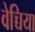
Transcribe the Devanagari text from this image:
वेच्चिया